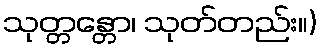
သုတ္တန္တော၊ သုတ်တည်း။)